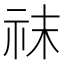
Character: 𥘯